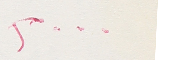
٢٠٠٠